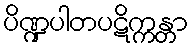
ပိဏ္ဍပါတပဋိက္ကန္တာ